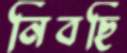
নিবছি